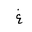
Letter: _gayn